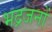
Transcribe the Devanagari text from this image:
भद्रजनों